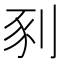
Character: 𫦀